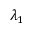
\lambda _ { 1 }